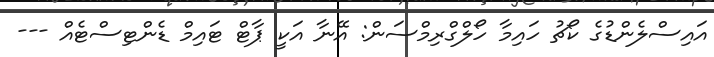
އައިސްލެންޑުގެ ކޯޗު ހައިމާ ހޯލްގްރިމްސަން: އޭނާ އަކީ ޕާޓް ޓައިމް ޑެންޓިސްޓެއް ---